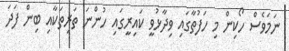
ނަމަވެސް ހޯކިން މި ހަފުތާގައި ވިދާޅުވީ ކައިރީގައި ހުންނަ ތަރިތަކާއި ބިން ފަދަ